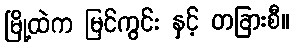
မြို့ထဲက မြင်ကွင်း နှင့် တခြားစီ။